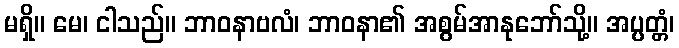
မရှိ။ မေ၊ ငါသည်။ ဘာဝနာဗလံ၊ ဘာဝနာ၏ အစွမ်အာနုဘော်သို့။ အပ္ပတ္တံ၊